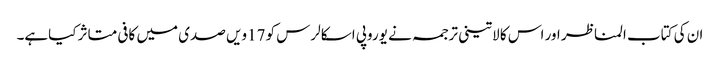
ان کی کتاب المناظر اور اس کا لاتینی ترجمہ نے یوروپی اسکالرس کو 17ویں صدی میں کافی متاثر کیاہے۔